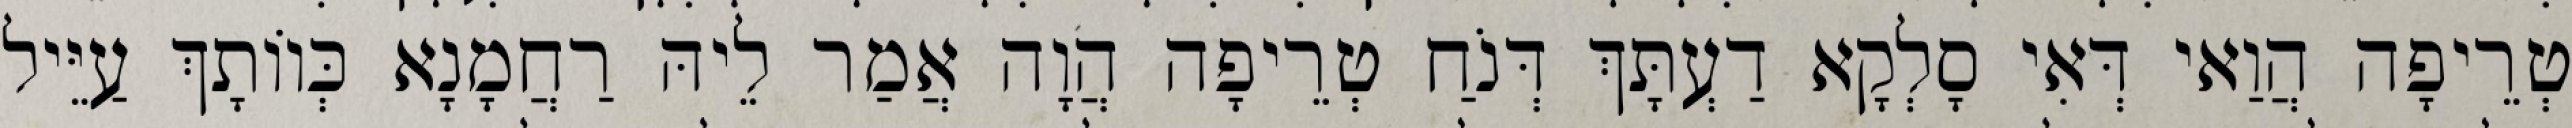
טְרֵיפָה הֲוַאי דְּאִי סָלְקָא דַעְתָּךְ דְּנֹחַ טְרֵיפָה הֲוָה אֲמַר לֵיהּ רַחֲמָנָא כְּווֹתָךְ עַיֵּיל